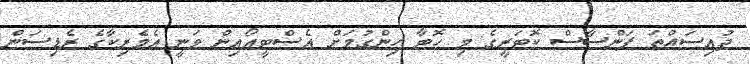
ދުއިސައްތަ ފަންސާސް ކޮޓަރީގެ މި ހޮޓާ ހިންގުމަށް އެސްޓީއޯއިން ވަނީ އެމެރިކާގެ ރެޑިސަން